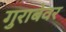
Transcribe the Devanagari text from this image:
गुराबेवर